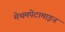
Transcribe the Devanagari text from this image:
मेथमपेटामाइन